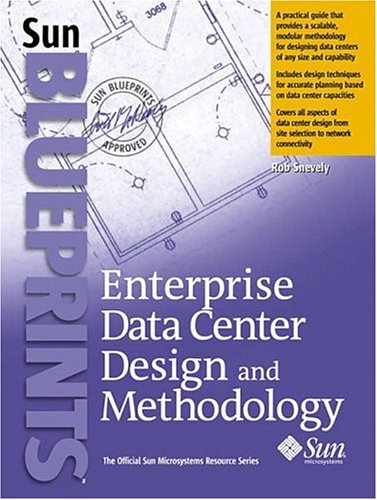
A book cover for Enterprise Data Center Design and Methodology; Rob Snevely; Business & Money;